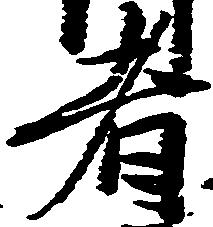
者